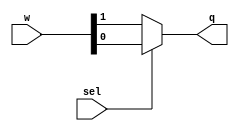
module mux21(q,sel,w);
	input wire sel;
	input wire [0:1]w;
	output wire q;
	assign q=sel?w[1]:w[0];
endmodule

module mux41(q,sel,w);
	input wire [1:0]sel;
	input wire [0:3]w;
	output wire q;
	wire [1:2]i;
	mux21 m1(i[1],sel[0],w[0:1]);
	mux21 m2(i[2],sel[0],w[2:3]);
	mux21 m3(q,sel[1],i);
endmodule

module mux161(q,sel,w);
	input wire [0:15]w;
	input wire [3:0]sel;
	output wire q;
	wire [0:3]i;
	mux41 mux0(i[0],sel[1:0],w[0:3]);
	mux41 mux1(i[1],sel[1:0],w[4:7]);
	mux41 mux2(i[2],sel[1:0],w[8:11]);
	mux41 mux3(i[3],sel[1:0],w[12:15]);
	mux41 mux4(q,sel[3:2],i);
endmodule